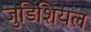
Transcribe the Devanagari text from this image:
जुडिशियल